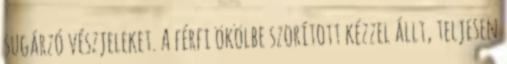
sugárzó vészjeleket. A férfi ökölbe szorított kézzel állt, teljesen